Scottish Certificate of Education, 1963
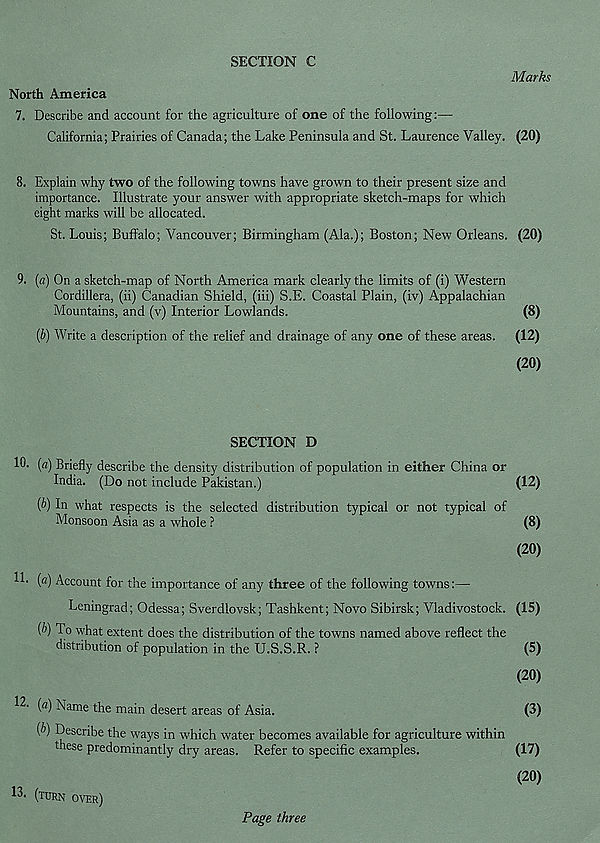
SECTION C
Marks
North America
7. Describe and account for the agriculture of one of the following:—
California; Prairies of Canada; the Lake Peninsula and St. Laurence Valley. (20)
8. Explain why two of the following towns have grown to their present size and
importance. Illustrate your answer with appropriate sketch-maps for which
eight marks will be allocated.
St. Louis; Buffalo; Vancouver; Birmingham (Ala.); Boston; New Orleans. (20)
9. (a) On a sketch-map of North America mark clearly the limits of (i) Western
Cordillera, (ii) Canadian Shield, (iii) S.E. Coastal Plain, (iv) Appalachian
Mountains, and (v) Interior Lowlands.
(8)
(&) Write a description of the relief and drainage of any one of these areas. (12)
(20)
SECTION D
10. [a) Briefly describe the density distribution of population in either China or
India. (Do not include Pakistan.)
(12)
{b) In what respects is the selected distribution typical or not typical of
Monsoon Asia as a whole ?
(8)
(20)
!!• (a) Account for the importance of any three of the following towns:—
Leningrad; Odessa; Sverdlovsk; Tashkent; Novo Sibirsk; Vladivostock. (15)
(b) To what extent does the distribution of the towns named above reflect the
distribution of population in the U.S.S.R. ?
(5)
(20)
12. (a) Name the main desert areas of Asia.
(3)
(b) Describe the ways in which water becomes available for agriculture within
these predominantly dry areas. Refer to specific examples.
(17)
(20)
13. (turn over)
Page three